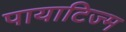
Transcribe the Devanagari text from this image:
पायाटिज्म